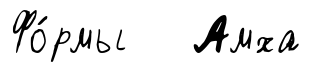
Фо́рмы Амха